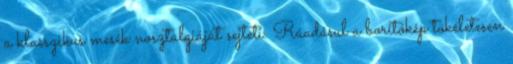
a klasszikus mesék nosztalgiáját sejteti. Ráadásul a borítókép tökéletesen